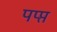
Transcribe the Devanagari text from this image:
पप्प्त